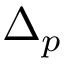
\Delta _ { p }